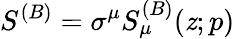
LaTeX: S^{(B)}=\sigma^{\mu}S_{\mu}^{(B)}(\mathit{z};p)